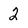
Character: 2